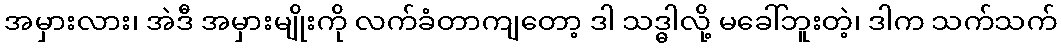
အမှားလား၊ အဲဒီ အမှားမျိုးကို လက်ခံတာကျတော့ ဒါ သဒ္ဓါလို့ မခေါ်ဘူးတဲ့၊ ဒါက သက်သက်